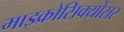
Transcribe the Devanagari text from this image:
माइक्रोसिक्योंसर